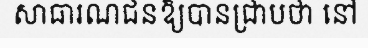
សាធារណជនឱ្យបានជ្រាបថា នៅ